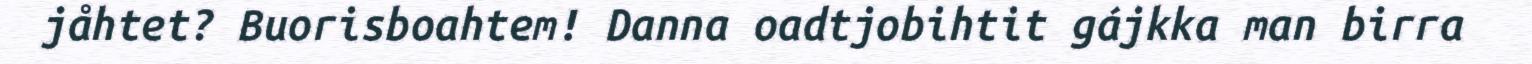
jåhtet? Buorisboahtem! Danna oadtjobihtit gájkka man birra